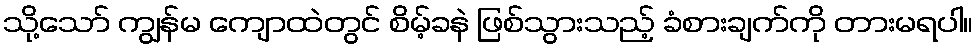
သို့သော် ကျွန်မ ကျောထဲတွင် စိမ့်ခနဲ ဖြစ်သွားသည့် ခံစားချက်ကို တားမရပါ။